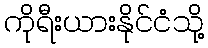
ကိုရီးယားနိုင်ငံသို့